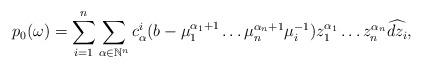
LaTeX: \begin{align*}p_0(\omega)=\sum\limits _{i=1} ^{n} \sum\limits _{\alpha \in \mathbb{N}^n}c_\alpha ^i (b-\mu_1 ^{\alpha_1+1}\dots \mu_n ^{\alpha_n+1}\mu_i ^{-1}) z_1^{\alpha_1} \dots z_n ^{\alpha_n}\widehat{dz_i},\end{align*}